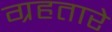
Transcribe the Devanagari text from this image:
ग्रहतारे